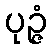
ပုဉ္ဇံ